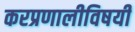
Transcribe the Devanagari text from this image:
करप्रणालीविषयी